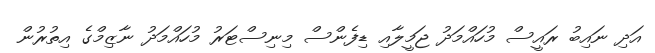
އަދި ނައިބު ރައީސް މުހައްމަދު ޖަމީލާއި ޑިފެންސް މިނިސްޓަރު މުހައްމަދު ނާޒިމްގެ އިތުރުން